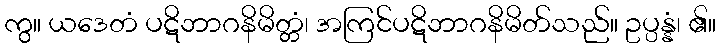
ကွ။ ယဒေတံ ပဋိဘာဂနိမိတ္တံ၊ အကြင်ပဋိဘာဂနိမိတ်သည်။ ဥပ္ပန္နံ၊ ၏။